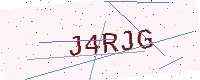
Text: J4RJG